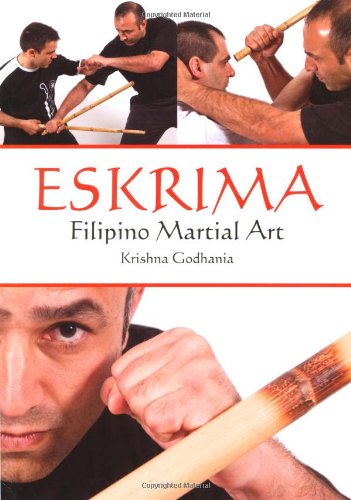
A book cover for Eskrima: Filipino Martial Art; Krishna Godhania; Sports & Outdoors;